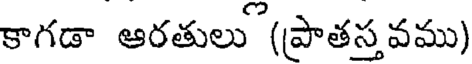
కాగడా ఆరతులు (ప్రాతస్తవము)